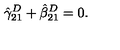
\hat { \gamma } _ { 2 1 } ^ { D } + \hat { \beta } _ { 2 1 } ^ { D } = 0 .